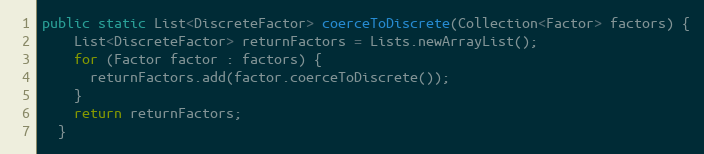
Language: Java
public static List<DiscreteFactor> coerceToDiscrete(Collection<Factor> factors) {
    List<DiscreteFactor> returnFactors = Lists.newArrayList();
    for (Factor factor : factors) {
      returnFactors.add(factor.coerceToDiscrete());
    }
    return returnFactors;
  }